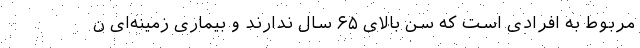
مربوط به افرادی است که سن بالای ۶۵ سال ندارند و بیماری زمینه‌ای ن